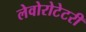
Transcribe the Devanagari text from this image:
लेवोरोटेटरी